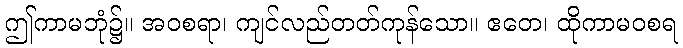
ဤကာမဘုံ၌။ အဝစရာ၊ ကျင်လည်တတ်ကုန်သော။ ဧတေ၊ ထိုကာမဝစရ